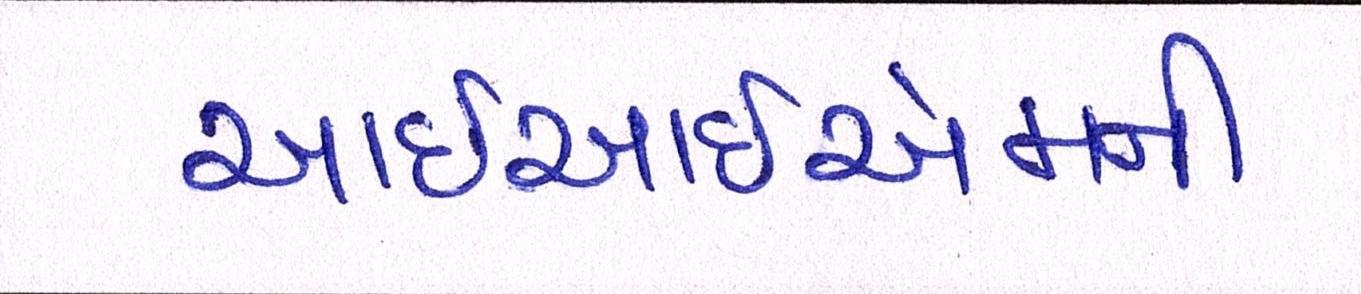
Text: આઇઆઇએમની